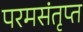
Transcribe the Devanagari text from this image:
परमसंतृप्त